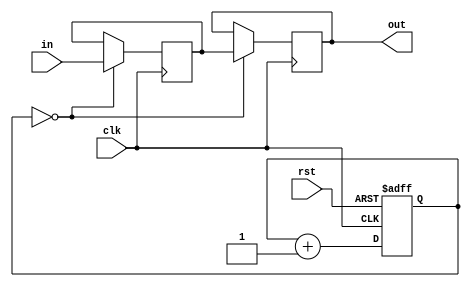
`timescale 1ns / 1ps
//////////////////////////////////////////////////////////////////////////////////
// Company: 
// Engineer: 
// 
// Design Name: 
// Module Name: debouncer
// Project Name: 
// Target Devices: 
// Tool Versions: 
// Description: 
// 
// Dependencies: 
// 
// Revision:
// Revision 0.01 - File Created
// Additional Comments:
// 
//////////////////////////////////////////////////////////////////////////////////


module debouncer(
    input clk,
    input rst,
    input in,

    output reg out
    );

  reg out_r,buffer;
  reg [15:0] count;

  always @(posedge clk or negedge rst)
    if(!rst) count <= 0;
    else count <= count + 1;

  always @(posedge clk)
    if(count==0)
      begin
        buffer <= in;
        out <= buffer;
      end
endmodule